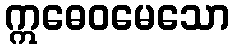
ဣဓေဝမေသော